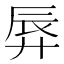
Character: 𫸚